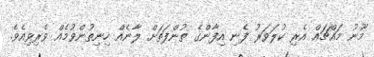
މޫނު މައްޗައް އެރި ކުލަވަރު ފެނި އިފާންގެ ތުންފަތަށް ލާނެއް ހިނިތުންވުމެއް ވެރިވިއެވެ.